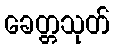
ခေတ္တသုတ်